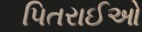
પિતરાઈઓ